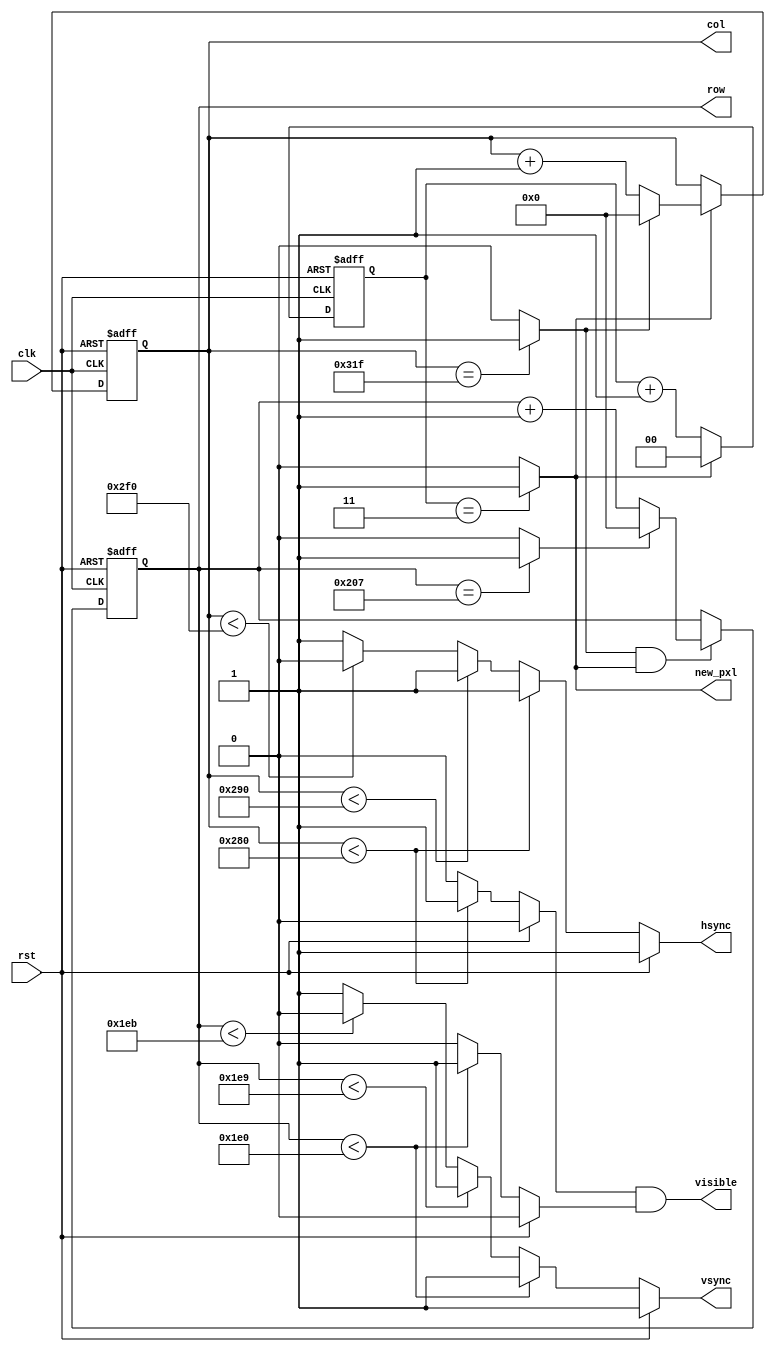
//------------------------------------------------------------------------------
// Felipe Machado Sanchez
// Departameto de Tecnologia Electronica
// Universidad Rey Juan Carlos
// https://github.com/felipe-m
//

module vga_sync
  #(parameter
    c_pxl_visible    = 640,
    c_pxl_fporch     = 16,
    // from 0 to front porch
    c_pxl_2_fporch   = c_pxl_visible + c_pxl_fporch, // 656
    c_pxl_synch      = 96,
    // from 0 to synch
    c_pxl_2_synch    = c_pxl_2_fporch + c_pxl_synch, // 752
    // total horizontal pixels
    c_pxl_total      = 800,
    // number of pixels of the backporch
    c_pxl_bporch     = c_pxl_total - c_pxl_2_synch,  //  48
    // --------------- Number of rows (Vertical) ----------
    c_line_visible   = 480,
    c_line_fporch    = 9,
    // from 0 to front porch (vertical)
    c_line_2_fporch  = c_line_visible + c_line_fporch, // 489
    c_line_synch     = 2,
    // from init to synchro (vertical)
    c_line_2_synch   = c_line_2_fporch + c_line_synch, // 491
    // total number of lines
    c_line_total     = 520,
    // number of lines of the back porch
    c_line_bporch    = c_line_total - c_line_2_synch,  //  29

    // number of bits for each count
    c_nb_pxls        = 10,  //c_pxl_total      :  800, 
    c_nb_lines       = 10,  //c_line_total   :  520,

    // number of bits for each color RGB
    c_nb_red         = 4,
    c_nb_green       = 4,
    c_nb_blue        = 4,

    // VGA frequency
    c_freq_vga       = 25*10**6, // VGA 25MHz

    // active level of synchronization
    c_synch_act      = 0
   )
   (
    input           rst,
    input           clk,
    output          visible,
    output          new_pxl,
    output  reg     hsync,
    output  reg     vsync,
    output [10-1:0] col,
    output [10-1:0] row
   );
  

  reg     [1:0]  cnt_clk; // count 0 to 3: 4 clk cycles, from 100MHz to 15MHz
  reg  [10-1:0]  cnt_pxl;
  reg  [10-1:0]  cnt_line;

  wire   end_cnt_pxl;
  wire   end_cnt_line;
  wire   new_line;

  reg    visible_pxl;  
  reg    visible_line;

  // count 4 clock cycles to get a pixel cycle
  always @ (posedge rst, posedge clk)
  begin
    if (rst)
      cnt_clk <= 2'd0;
    else begin
      if (new_pxl) 
        cnt_clk <= 2'd0;
      else
        cnt_clk <= cnt_clk + 1;
    end
  end 

  assign new_pxl =  (cnt_clk==3) ? 1'b1 : 1'b0; 

  assign col     = cnt_pxl;
  assign row     = cnt_line;
  assign visible = visible_pxl && visible_line;

  // counting 800 pixels (columns)
  always @ (posedge rst, posedge clk)
  begin
    if (rst)
      cnt_pxl <= 10'd0;
    else begin
      if (new_pxl) begin
        if (end_cnt_pxl) 
          cnt_pxl <= 10'd0;
        else
          cnt_pxl <= cnt_pxl + 1;
      end
    end
  end 

  // end of pixel count
  assign end_cnt_pxl =  (cnt_pxl == c_pxl_total-1) ? 1'b1 : 1'b0;
  // nueva linea: cuando es el fin de cuenta y llega un nuevo pixel
  assign new_line = end_cnt_pxl && new_pxl;

  // combinational outputs of pixel count (horizontal)
  always @ (rst or cnt_pxl)
  begin
    if (rst) begin
      visible_pxl = 1'b0;
      hsync = ~c_synch_act;
    end
    else if (cnt_pxl < c_pxl_visible) begin
      visible_pxl = 1'b1;
      hsync = ~c_synch_act;
    end
    else if (cnt_pxl < c_pxl_2_fporch) begin
      visible_pxl = 1'b0;
      hsync = ~c_synch_act;
    end
    else if (cnt_pxl < c_pxl_2_synch) begin
      visible_pxl = 1'b0;
      hsync = c_synch_act; // synch active
    end
    else begin
      visible_pxl = 1'b0;
      hsync = ~c_synch_act; 
    end
  end

  // counting 520 lines (rows)
  always @ (posedge rst, posedge clk)
  begin
    if (rst)
      cnt_line <= 10'd0;
    else begin
      if (new_line) begin
        if (end_cnt_line) 
          cnt_line <= 10'd0;
        else
          cnt_line <= cnt_line + 1;
      end
    end
  end 

  // end of pixel count
  assign end_cnt_line =  (cnt_line == c_line_total-1) ? 1'b1 : 1'b0;

  // combinational outputs of line count (vertical)
  always @ (rst or cnt_line)
  begin
    if (rst) begin
      visible_line = 1'b0;
      vsync = ~c_synch_act;
    end
    else if (cnt_line < c_line_visible) begin
      visible_line = 1'b1;
      vsync = ~c_synch_act;
    end
    else if (cnt_line < c_line_2_fporch) begin
      visible_line = 1'b0;
      vsync = ~c_synch_act;
    end
    else if (cnt_line < c_line_2_synch) begin
      visible_line = 1'b0;
      vsync = c_synch_act; // synch active
    end
    else begin
      visible_line = 1'b0;
      vsync = ~c_synch_act; 
    end
  end

endmodule